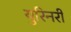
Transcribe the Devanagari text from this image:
युरिनरी